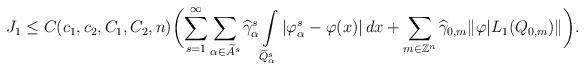
LaTeX: \begin{align*}J_{1} \le C(c_{1},c_{2},C_{1},C_{2},n) \biggl(\sum\limits_{s=1}^{\infty}\sum\limits_{\alpha \in \widetilde{A}^{s}} \widehat{\gamma}^{s}_{\alpha}\int\limits_{\widetilde{Q}^{s}_{\alpha}}|\varphi^{s}_{\alpha}-\varphi(x)|\,dx + \sum\limits_{m \in \mathbb{Z}^{n}} \widehat{\gamma}_{0,m}\|\varphi|L_{1}(Q_{0,m})\|\biggr).\end{align*}